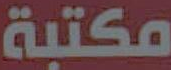
مكتبة